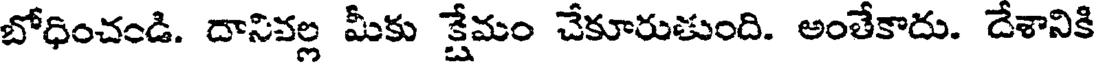
బోధించండి. దానివల్ల మీకు క్షేమం చేకూరుతుంది. అంతేకాదు. దేశానికి